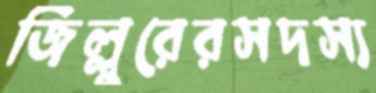
জিল্লুরেরসদস্য